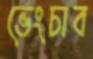
ভেংচাব